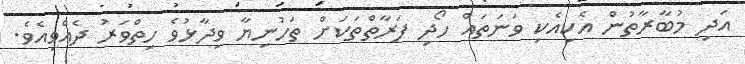
އަދި މުބާރާތުން އެކިއެކި ވަނަތައް ހޯދި ފަރާތްތަކަށް ތަހުނިޔާ ވިދާޅުވެ ހިތްވަރު ދެއްވިއެވެ.